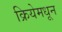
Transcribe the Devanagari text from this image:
क्रियेमधून